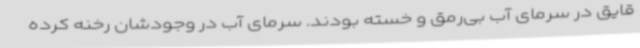
قایق در سرمای آب بی‌رمق و خسته بودند. سرمای آب در وجودشان رخنه کرده